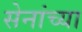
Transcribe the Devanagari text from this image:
सेनांच्या